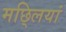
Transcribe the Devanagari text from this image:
मछ्लियां